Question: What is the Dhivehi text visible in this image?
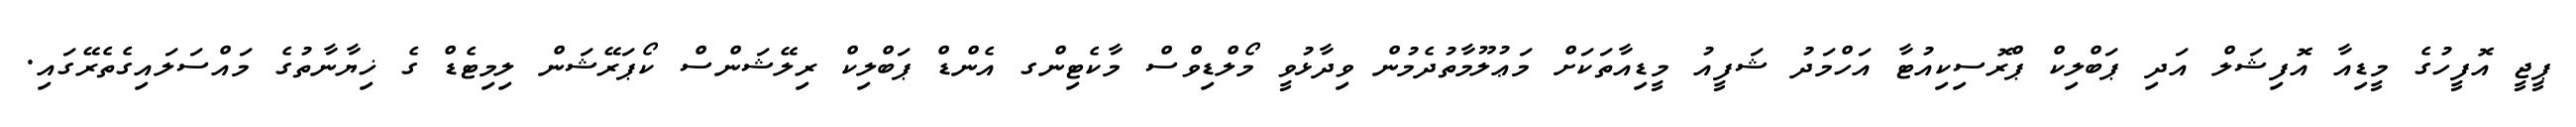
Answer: ޕީޖީ އޮފީހުގެ މީޑިއާ އޮފިޝަލް އަދި ޕަބްލިކް ޕްރޮސިކިއުޓާ އަހްމަދު ޝަފީއު މީޑިއާތަކަށް މަޢުލޫމާތުދެމުން ވިދާޅުވީ މޯލްޑިވްސް މާކެޓިންގ އެންޑް ޕަބްލިކް ރިލޭޝަންސް ކޯޕަރޭޝަން ލިމިޓެޑް ގެ ޚިޔާނާތުގެ މައްސަލައިގެތެރޭގައި.